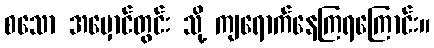
စသော အမှောင်တွင်း သို့ ကျရောက်နေကြရကြောင်း။